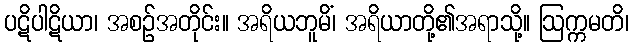
ပဋိပါဋိယာ၊ အစဉ်အတိုင်း။ အရိယဘူမိံ၊ အရိယာတို့၏အရာသို့။ ဩက္ကမတိ၊